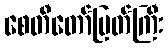
စေတီတော်မြတ်ကြီး